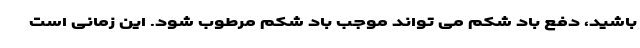
باشید، دفع باد شکم می تواند موجب باد شکم مرطوب شود. این زمانی است